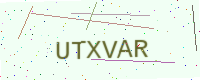
Text: UTXVAR